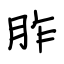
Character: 胙